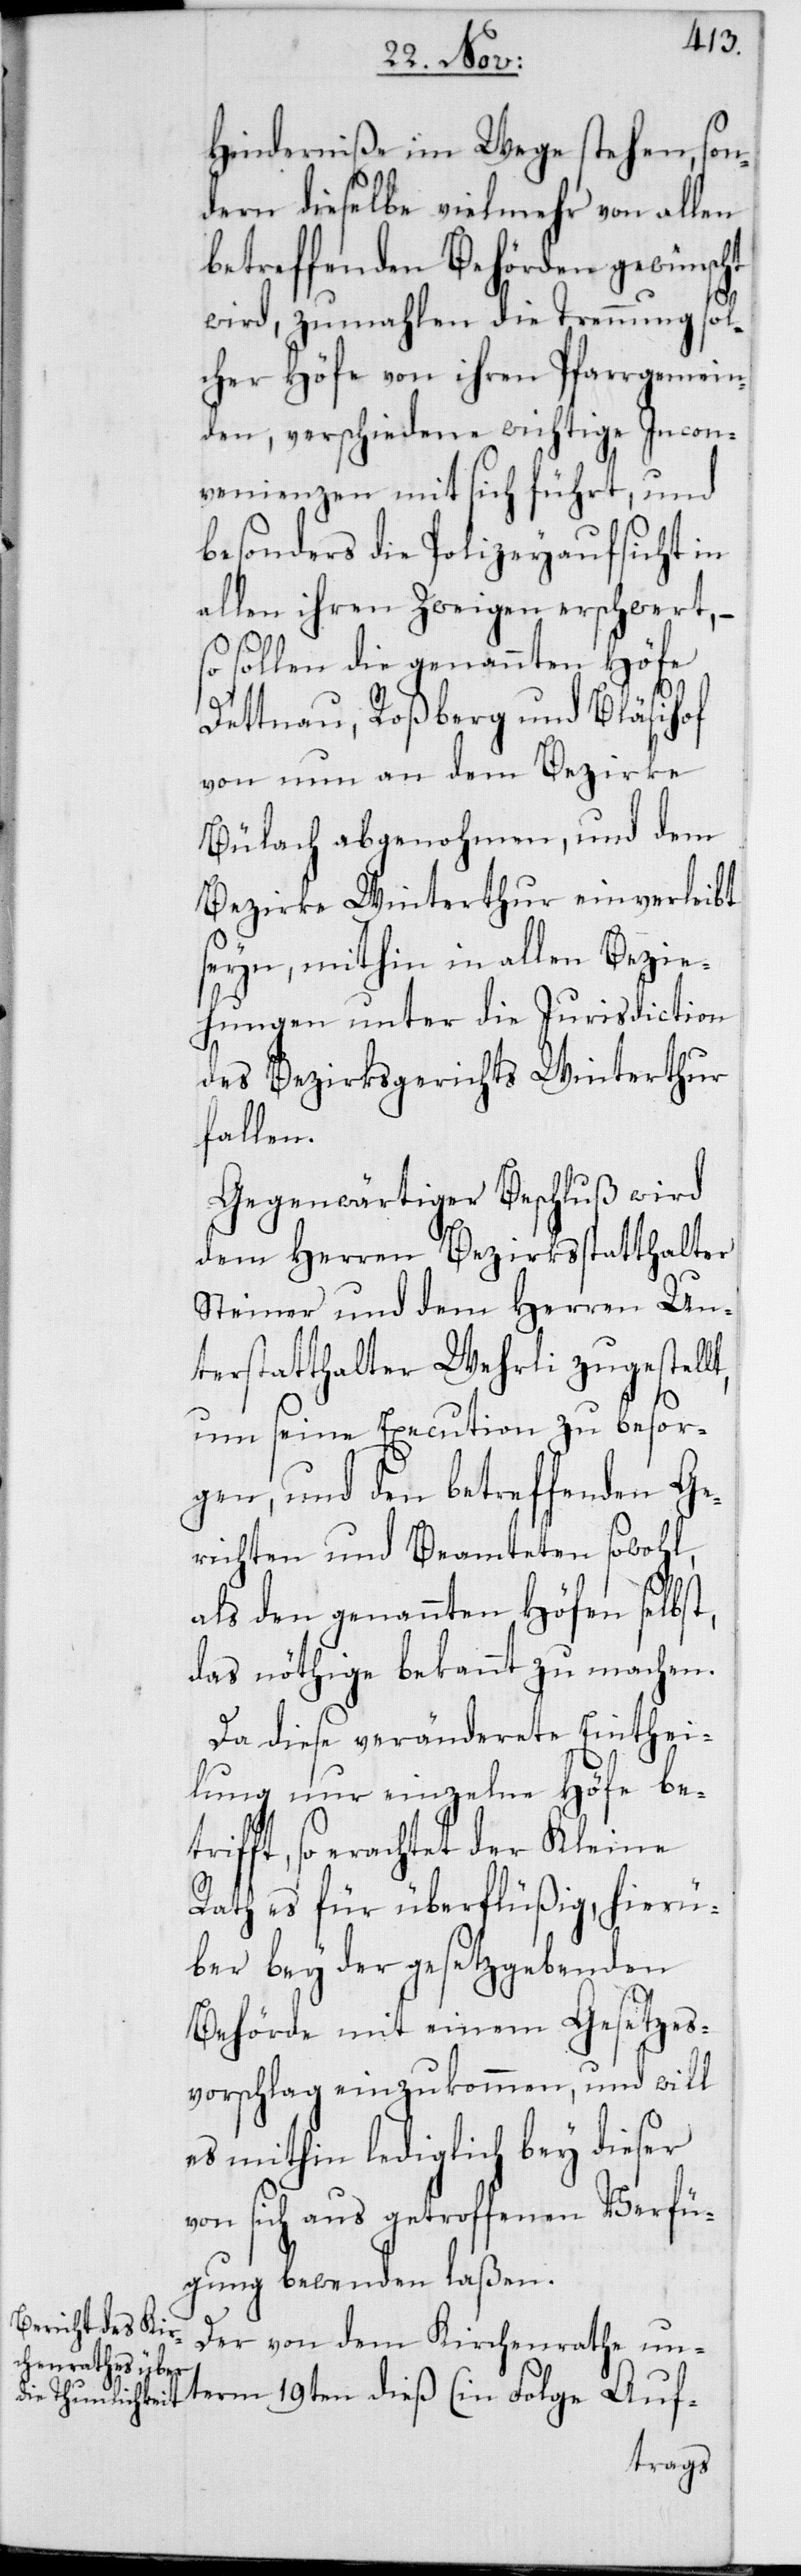
Hinderniße im Wege stehen, son¬
dern dieselbe vielmehr von allen
betreffenden Behörden gewünscht
wird, zumahlen die Trennung sol¬
cher Höfe von ihren Pfarrgemein¬
den, verschiedene wichtige Incon¬
venienzen mit sich führt, und
besonders die Polizeyaufsicht in
allen ihren Zweigen erschwert, –
so sollen die genannten Höfe
Dettnau, Roßberg und Bläsihof
von nun an dem Bezirke
Bülach abgenohmen, und dem
Bezirke Winterthur einverleibt
seyn, mithin in allen Bezie¬
hungen unter die Jurisdiction
des Bezirksgerichts Winterthur
fallen.
Gegenwärtiger Beschluß wird
dem Herren Bezirksstatthalter
Steiner und dem Herren Un¬
terstatthalter Wehrli zugestell¬
t, um seine Execution zu besor¬
gen, und den betreffenden Ge¬
richten und Beamteten sowohl,
als den genannten Höfen selbst,
das nöthige bekannt zu machen.
Da diese veränderete Einthei¬
lung nur einzelne Höfe bet¬
rifft, so erachtet der Kleine
Rath es für überflüßig, hierü¬
ber bey der gesetzgebenden
Behörde mit einem Gesetzes¬
vorschlag einzukommen, und will
es mithin lediglich bey dieser
von sich aus getroffenen Verfü¬
gung bewenden laßen.
Der von dem Kirchenrathe un¬
term 19ten dieß (in Folge Auf-